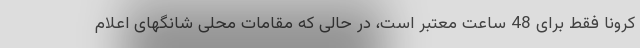
کرونا فقط برای 48 ساعت معتبر است، در حالی که مقامات محلی شانگهای اعلام